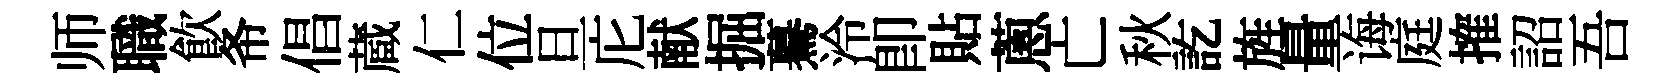
师職飲𢁙倡蔵仁位旦庀献掘驀泠卽貼蔥亡秋訖旌量诲庭搉詔吾